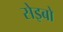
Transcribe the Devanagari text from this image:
सेइबो